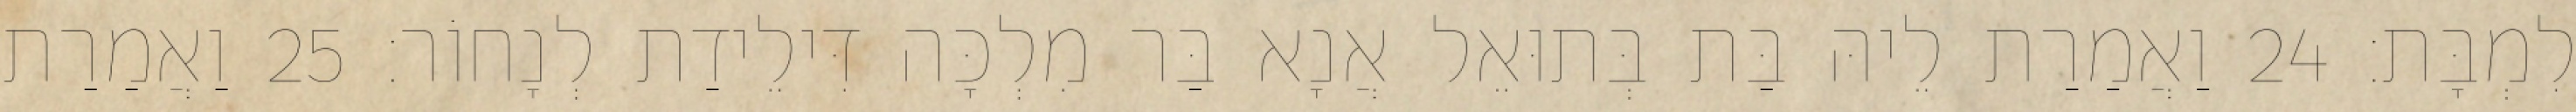
לִמְבָּת׃ 24 וַאֲמַרַת לֵיהּ בַּת בְּתוּאֵל אֲנָא בַּר מִלְכָּה דִּילֵידַת לְנָחוֹר׃ 25 וַאֲמַרַת